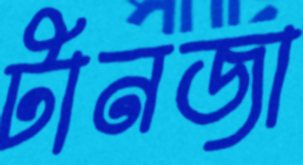
টানজা